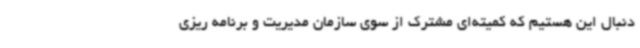
دنبال این هستیم که کمیته‌ای مشترک از سوی سازمان مدیریت و برنامه ریزی